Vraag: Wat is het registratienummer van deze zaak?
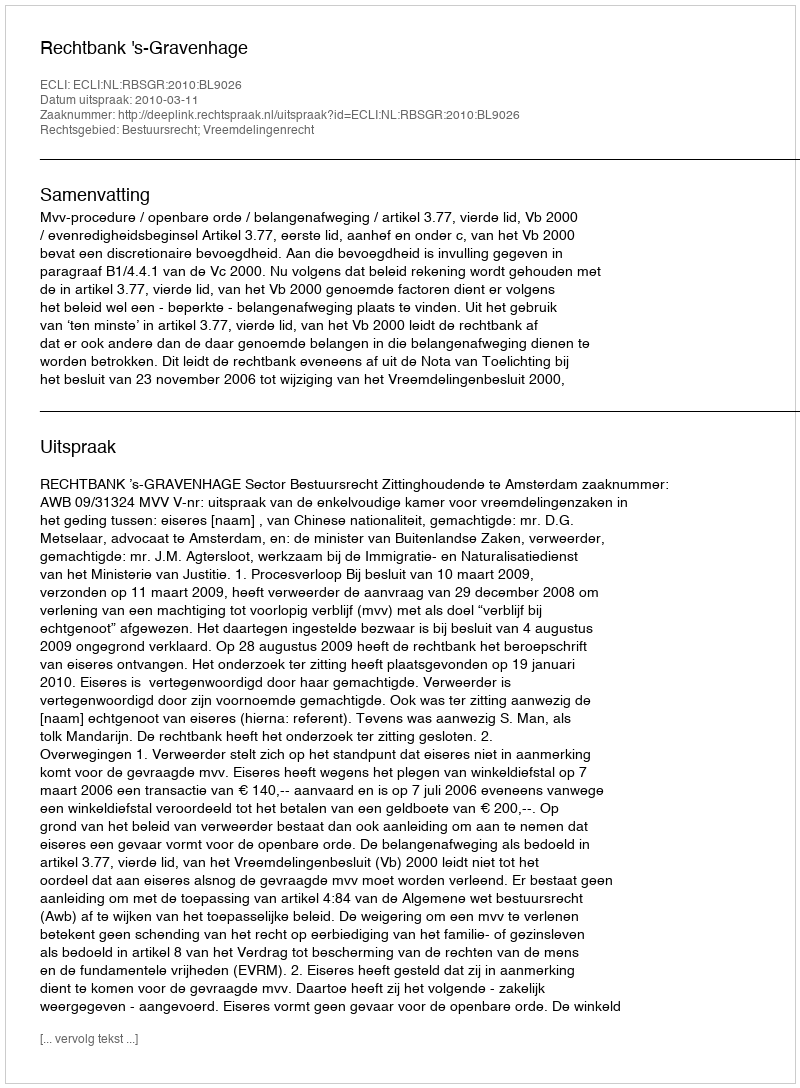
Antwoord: http://deeplink.rechtspraak.nl/uitspraak?id=ECLI:NL:RBSGR:2010:BL9026